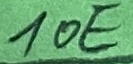
Text: 10E